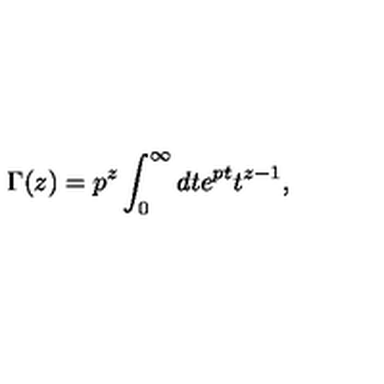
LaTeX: \Gamma ( z ) = p ^ { z } \int _ { 0 } ^ { \infty } d t e ^ { p t } t ^ { z - 1 } ,